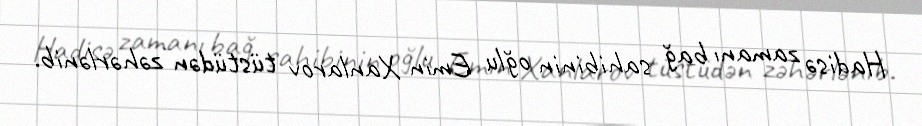
Hadisə zamanı bağ sahibinin oğlu Emin Xanlarov tüstüdən zəhərlənib.